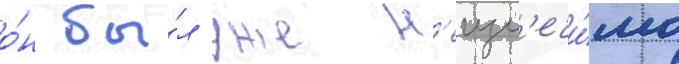
о́н бы́л уже н'еизл'ечи́мо